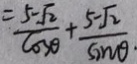
= \frac { 5 - \sqrt { 2 } } { \cos \theta } + \frac { 5 - \sqrt { 2 } } { \sin \theta . }